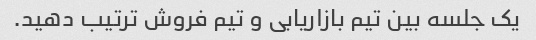
یک جلسه بین تیم بازاریابی و تیم فروش ترتیب دهید.